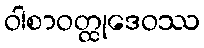
ဝါစာဝတ္ထုဒေဝဿ